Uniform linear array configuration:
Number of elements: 32
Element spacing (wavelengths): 0.75
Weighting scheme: binomial
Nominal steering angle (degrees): -30
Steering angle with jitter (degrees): -30.273
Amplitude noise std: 0.05
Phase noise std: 0.05

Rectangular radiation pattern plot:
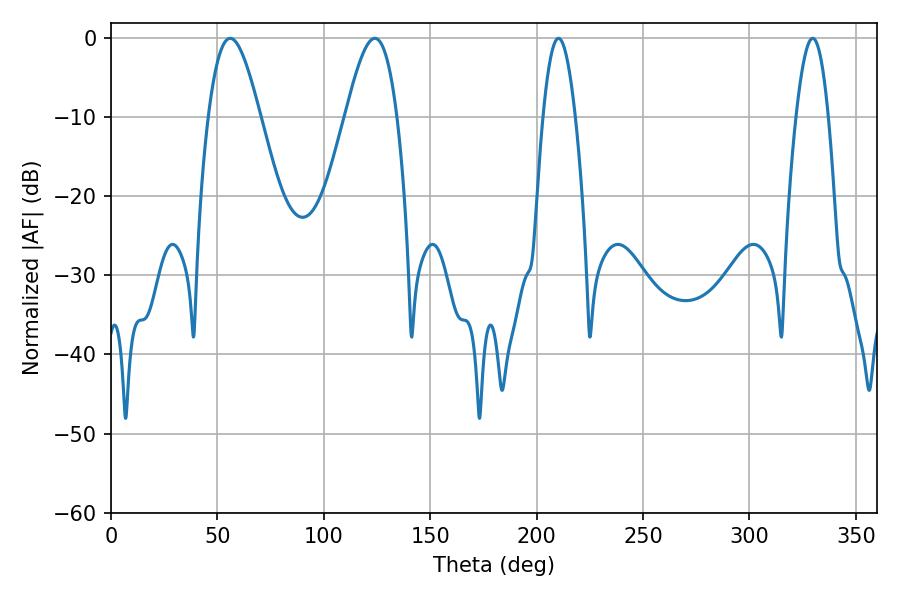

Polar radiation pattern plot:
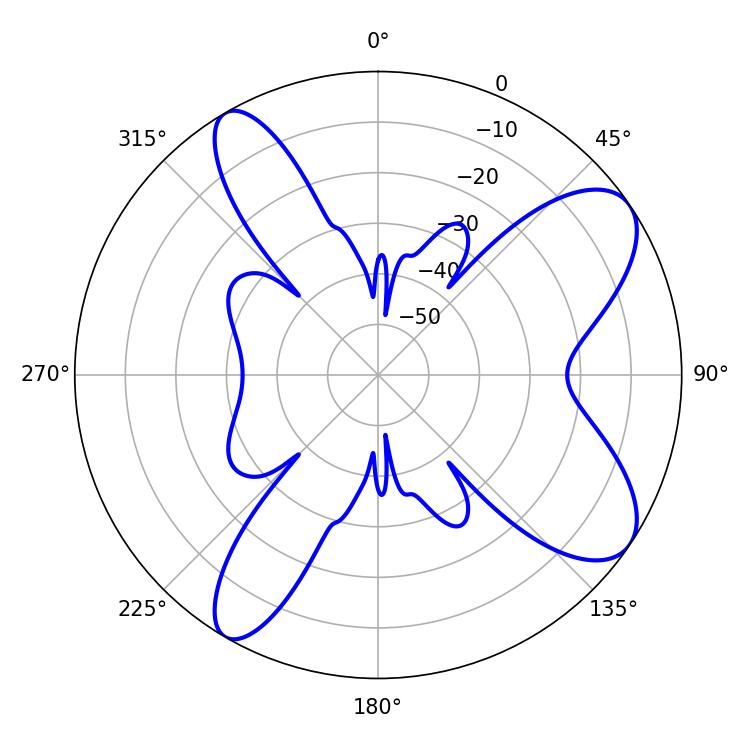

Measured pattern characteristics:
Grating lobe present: TRUE
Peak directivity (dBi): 8.822
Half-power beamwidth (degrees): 12.96
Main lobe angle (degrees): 55.98